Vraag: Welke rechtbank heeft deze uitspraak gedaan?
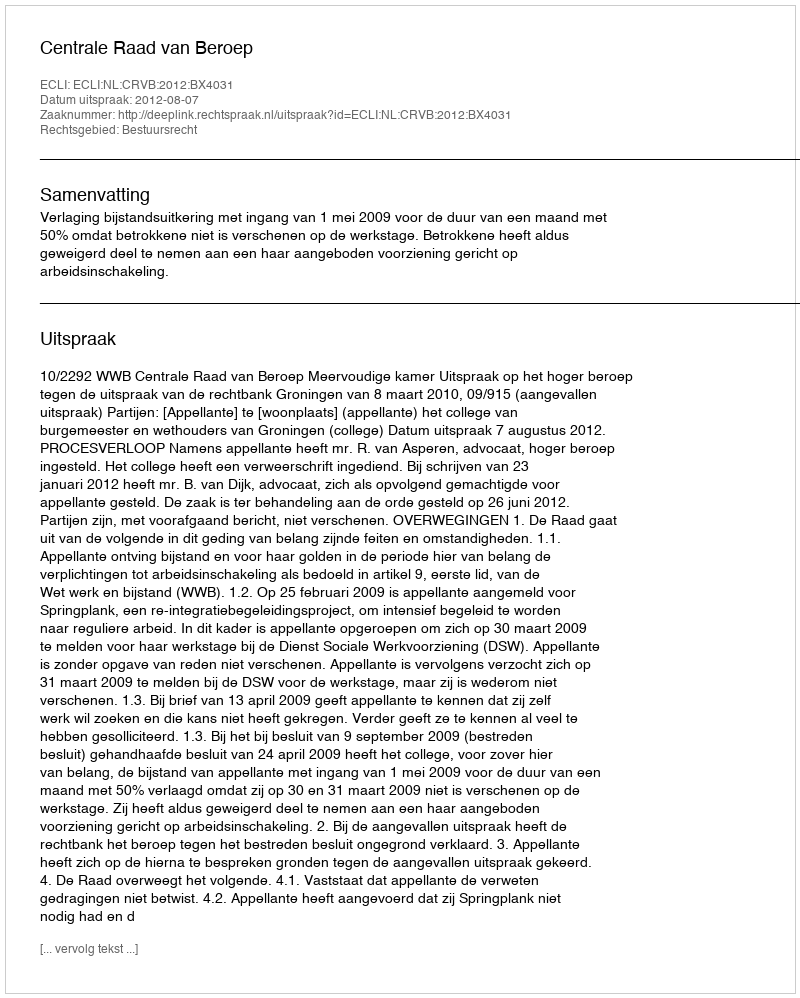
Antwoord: Centrale Raad van Beroep